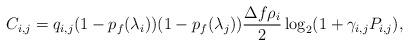
LaTeX: \begin{align*} C_{i,j} =q_{i,j} (1-p_{f} (\lambda _{i} ))(1-p_{f} (\lambda _{j} ))\frac{\Delta f\rho _{i} }{2} \log _{2} (1+\gamma _{i,j} P_{i,j} ), \end{align*}